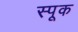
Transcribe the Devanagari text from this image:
स्पूक